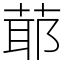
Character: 𦳃